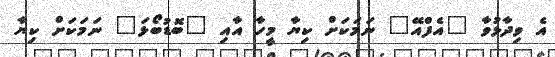
އެ ވިދާޅުވާ "އެފްއޭ" ނަމަކަށް ކިޔާ މީހާ އާއި "ބޮޑުބޯޅަ" ނަމަކަށް ކިޔާ